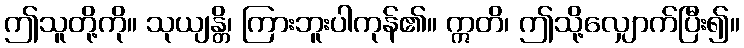
ဤသူတို့ကို။ သုယျန္တိ၊ ကြားဘူးပါကုန်၏။ ဣတိ၊ ဤသို့လျှောက်ပြီး၍။